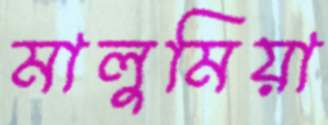
মালুমিয়া